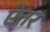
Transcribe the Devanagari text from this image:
ऐतर